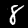
Digit: 8